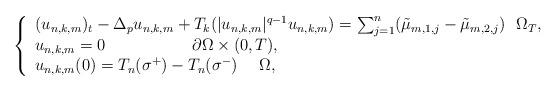
LaTeX: \begin{align*}\left\{ \begin{array}{l}(u_{n,k,m})_{t}-\Delta_{p}u_{n,k,m}+T_{k}(|u_{n,k,m}|^{q-1}u_{n,k,m})=\sum_{j=1}^{n}(\tilde{\mu}_{m,1,j}-\tilde{\mu}_{m,2,j})~~\Omega _{T}, \\ u_{n,k,m}=0~~~~~~~~~~~~~~~~\partial \Omega \times (0,T), \\ u_{n,k,m}(0)=T_{n}(\sigma ^{+})-T_{n}(\sigma ^{-})~~~~\Omega ,\end{array}\right. \end{align*}